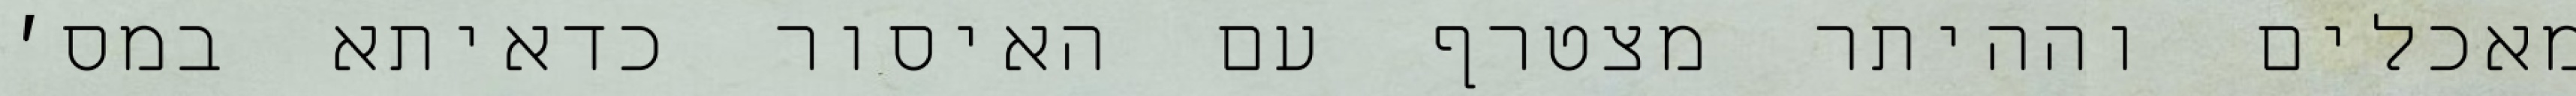
מאכלים וההיתר מצטרף עם האיסור כדאיתא במס׳